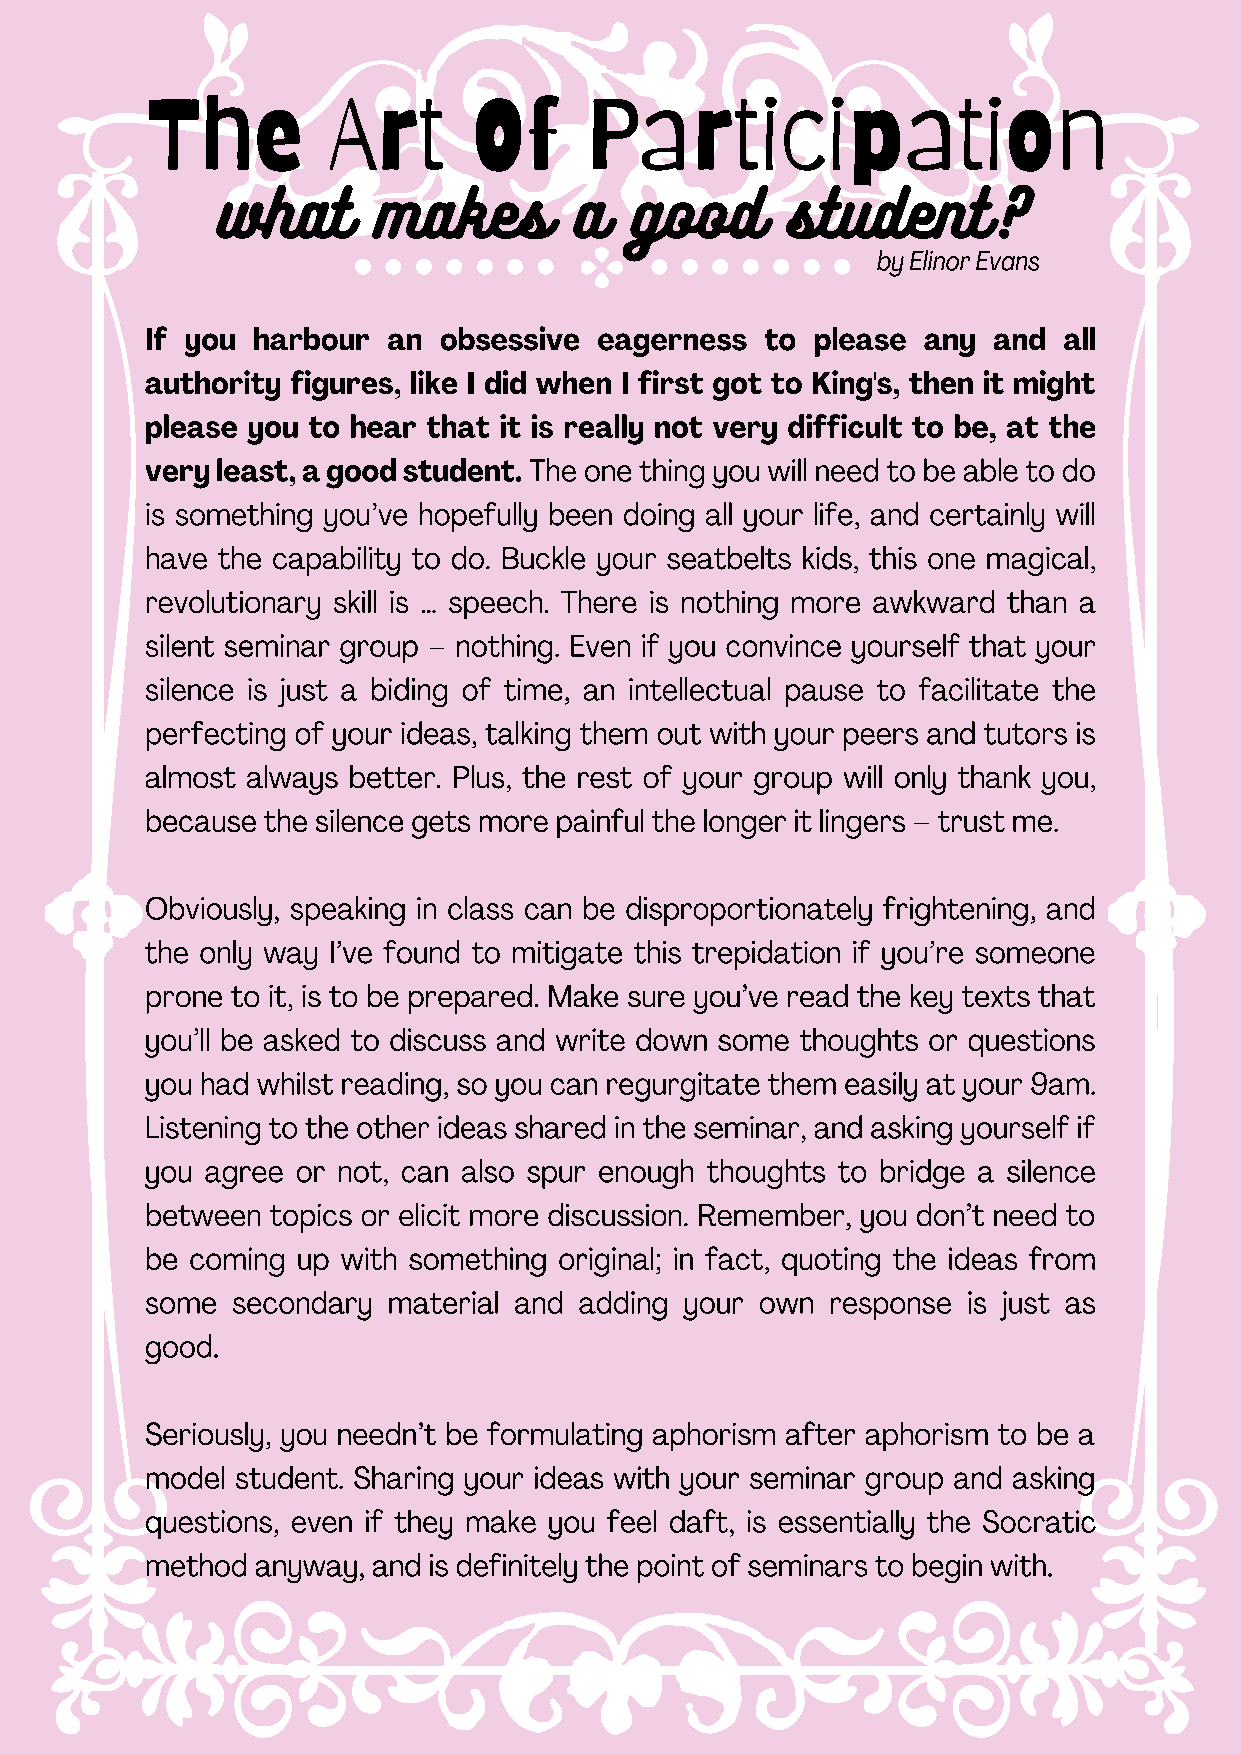
The         Art      Of      Participation
 what       makes        a   good      student?
 by Elinor Evans
 If you harbour  an obsessive  eagerness  to please any  and all
 authority figures, like I did when I first got to King's, then it might
 please you to hear that it is really not very difficult to be, at the
 very least, a good student. The one thing you will need to be able to do
 is something you’ve hopefully been doing all your life, and certainly will
 have the capability to do. Buckle your seatbelts kids, this one magical,
 revolutionary skill is … speech. There is nothing more awkward than a
 silent seminar group – nothing. Even if you convince yourself that your
 silence is just a biding of time, an intellectual pause to facilitate the
 perfecting of your ideas, talking them out with your peers and tutors is
 almost always better. Plus, the rest of your group will only thank you,
 because the silence gets more painful the longer it lingers – trust me.
 Obviously, speaking in class can be disproportionately frightening, and
 the only way I’ve found to mitigate this trepidation if you’re someone
 prone to it, is to be prepared. Make sure you’ve read the key texts that
 you’ll be asked to discuss and write down some thoughts or questions
 you had whilst reading, so you can regurgitate them easily at your 9am.
 Listening to the other ideas shared in the seminar, and asking yourself if
 you agree or not, can also spur enough thoughts to bridge a silence
 between topics or elicit more discussion. Remember, you don’t need to
 be coming up with something original; in fact, quoting the ideas from
 some secondary  material and adding your own response is just as
 good.
 Seriously, you needn’t be formulating aphorism after aphorism to be a
 model student. Sharing your ideas with your seminar group and asking
 questions, even if they make you feel daft, is essentially the Socratic
 method anyway, and is definitely the point of seminars to begin with.